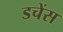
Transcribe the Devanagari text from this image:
डचेंस